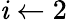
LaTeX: \mathit{i}\gets2